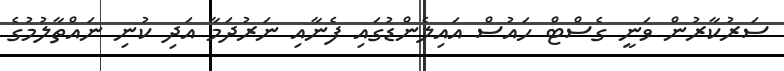
ސަރުކާރުން ވަނީ ގެސްޓް ހައުސް އައިލެންޑުގައި ފެނާއި ނަރުދަމާ އަދި ކުނި ނައްތާލުމުގެ